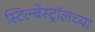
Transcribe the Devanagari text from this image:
स्टिल्बेस्ट्रॉलच्या